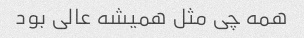
همه چی مثل همیشه عالی بود